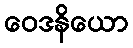
ဝေဒနိယော